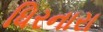
ધિરનારા